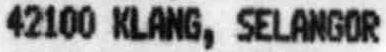
42100 KLANG, SELANGOR